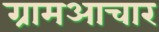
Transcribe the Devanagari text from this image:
ग्रामआचार